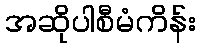
အဆိုပါစီမံကိန်း